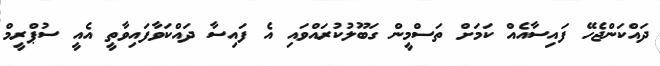
ދައްކަންޖެހޭ ފައިސާއެއް ކަމަށް ތަސްމީން ގަބޫލުކުރައްވައި އެ ފައިސާ ދައްކަވާފައިވާތީ އެއީ ސުޕްރީމް